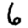
Digit: 6